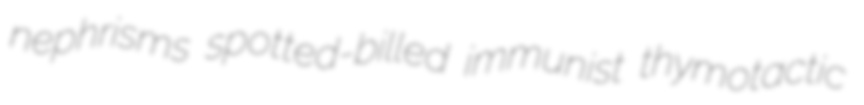
nephrisms spotted-billed immunist thymotactic